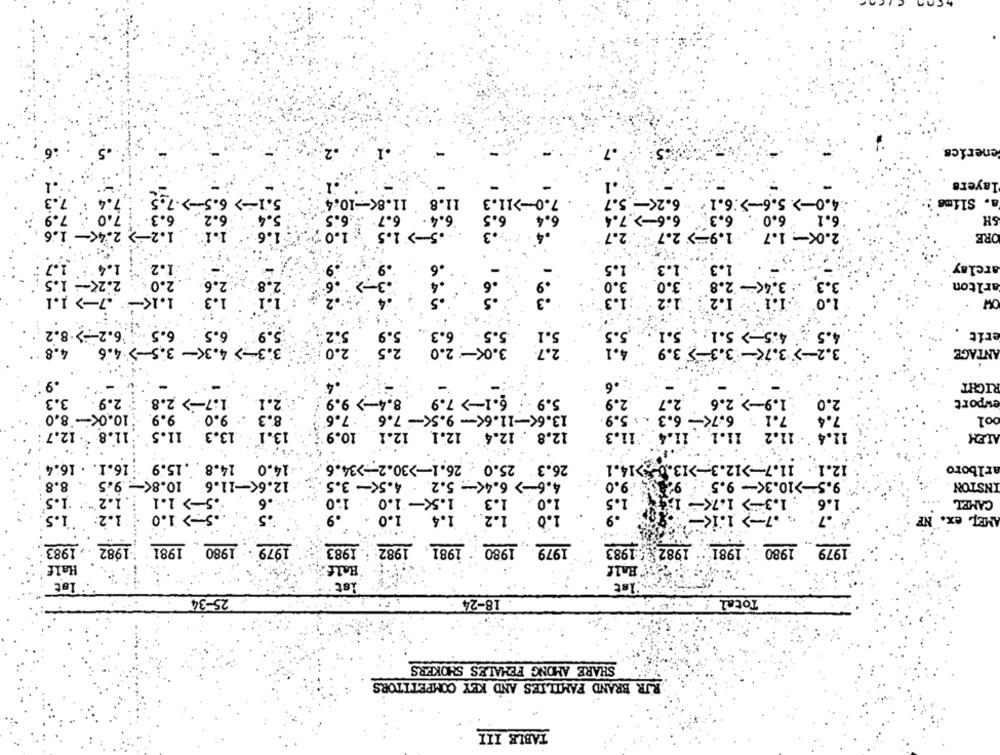
.5
enerics
layers
6.5->-1.5
7.4
3. 1 ->
11.8 11.8 <- 10.4
7.0->11.3
6.25 -
.7 .
4.0->. 5.6->:6.1 .
a. Slima
6.6 -- >
6.3
6.1 6.0 .
7.9
6.5
SH
1.2-> 2.45 - 1.6
6.3 6.5-> 1.5 1.0
6.4 6:3
2.08- 1.7 1.9-> 2.7
ORE
1.7
1.4
1.2.
1.3
1.3
arclay
2.0 2.25-
2.6
2.8
3.0
3.0
3.48- 2.8
1.2.
arlton
1.1 - . 7-> 1.1
1.2
1.0
OW
6.2-> .8.2
6.5
6.5
3.1
ESSERESE
3.2-> 3.75- 3.3-5 3.9 3.5
4.5 4.5-> 5.1.
erit
3.3-> 4.3 <- 3.5-> 4.6
4.8
ANTAGE
.9
.6
RIGHT
1 .2.9.
6.1-> 7.9
1.9-> 2.6
3.3
1.7 - > 2.8 .
2.1
.8.4-> 9.9
5.9
2.9
2.7
2.0
ewport
9.0 9.9. 10.0 - 8 .0
13.6 <- 11.6 <- 9.5 <- 7.6 7.6
7.1 6.75- 6.3 . . 5.9
7.4
ool
11.5 11.8 . 12.7
13.1 .13.3
12.8 . 12.4 12.1 12.1 10.9
`11.3
11.4 . 11.2 11.1 . 11.4
14.0 14.8 . . 15.9 :16.1. . 16.4
26.3 25.0 26.1->30.2->34.6
12.1. 11.7 -- >12.3 -- >13.0->14.1
arlboro
12.6 <- 11.6 10.8 <- 9.5 . 8.8
4.6-> 6.4 <-- 5.2 . 4.5 <- 3.5
9.0
9.5->10.3 <- 9.5 : 92
INSTON
-> 1.1 . 1.2" 1.5
.6
1.0
1.3 . 1.X - 1.0
1.0
1.5
. 1.3-> 1.76-
1.6
CAMEL
1.2: 1.5
.S> 1.0
.9
. 1.0 1.2 .. 1.4 1.0
AMEL ex. NF
1979 . 1980 1981 1982 1983
1979 1980 1981 1982 1983
1979 1980 1981 1982 1983
Half
Half
Half
Ist
ist
1st
25-34
18-24
Total : 18
SHARE AMONG FEMALES SHOKERS
RJR BRAND FAMILIES AND KEY COMPETITORS
TABLE III